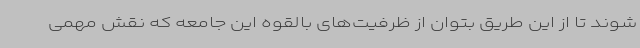
شوند تا از این طریق بتوان از ظرفیت‌های بالقوه این جامعه که نقش مهمی